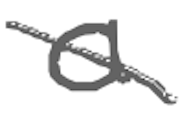
Text: a
Cross-out: diagonal
Writing tool: digital_gray